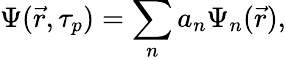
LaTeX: \Psi(\vec{r},\tau_{p})=\sum_{n}a_{n}\Psi_{n}(\vec{r}),